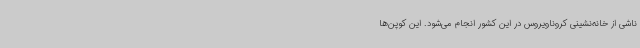
ناشی از خانه‌نشینی کروناویروس در این کشور انجام می‌شود. این کوپن‌ها